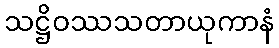
သဋ္ဌိဝဿသတာယုကာနံ